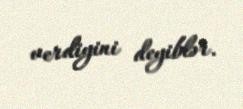
verdiyini deyiblər.